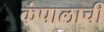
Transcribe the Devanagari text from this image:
कंपालाची